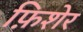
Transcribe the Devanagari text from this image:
फ़िशेर